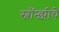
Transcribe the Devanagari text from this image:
स्वॉन्झीचे